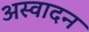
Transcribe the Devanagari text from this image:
अस्वादन